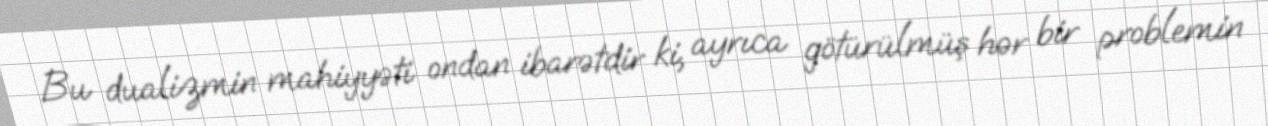
Bu dualizmin mahiyyəti ondan ibarətdir ki, ayrıca götürülmüş hər bir problemin